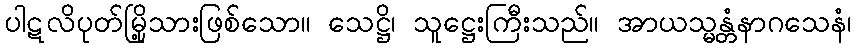
ပါဋလိပုတ်မြို့သားဖြစ်သော။ သေဋ္ဌိ၊ သူဋ္ဌေးကြီးသည်။ အာယသ္မန္တံနာဂသေနံ၊